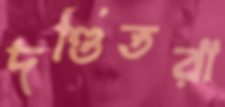
দণ্ডিতরা